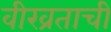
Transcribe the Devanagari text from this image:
वीरव्रताची